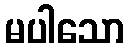
မပါသော